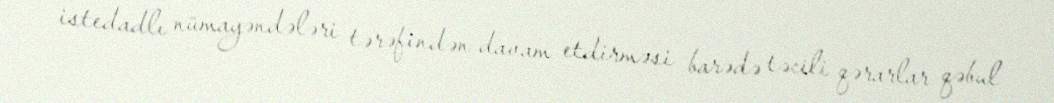
istedadlı nümayəndələri tərəfindən davam etdirməsi barədə təcili qərarlar qəbul